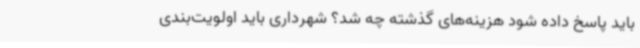
باید پاسخ داده شود هزینه‌های گذشته چه شد؟ شهرداری باید اولویت‌بندی